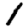
Digit: 1